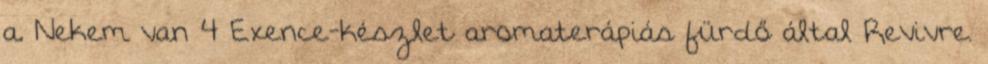
a. Nekem van 4 Exence-készlet aromaterápiás fürdő által Revivre.